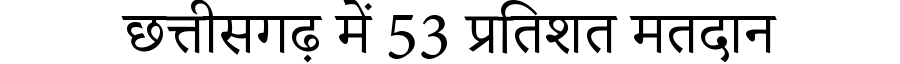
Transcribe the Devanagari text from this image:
छत्तीसगढ़ में 53 प्रतिशत मतदान